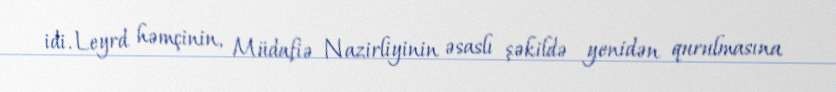
idi. Leyrd həmçinin, Müdafiə Nazirliyinin əsaslı şəkildə yenidən qurulmasına